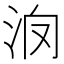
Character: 𣲿